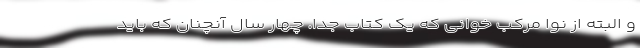
و البته از نوا مرکب خوانی که یک کتاب جدا. چهار سال آنچنان که باید